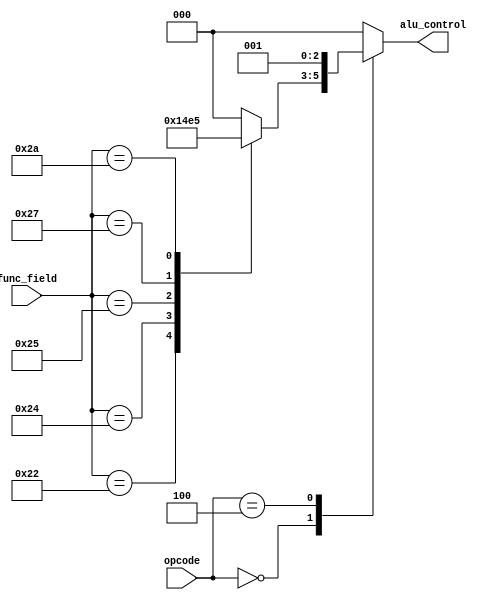
module Alu_Control(
	opcode,
	func_field,
	alu_control
    );
	 
input [5:0] opcode;
input [5:0] func_field;
output reg [2:0] alu_control;
reg [2:0] func_code;

always @ (*)
begin
	case (func_field)
	6'h20: func_code = 3'h0;
	6'h22: func_code = 3'h1;
	6'h24: func_code = 3'h2;
	6'h25: func_code = 3'h3;
	6'h27: func_code = 3'h4;
	6'h2A: func_code = 3'h5;
	default: func_code = 3'h0;
	endcase

	case (opcode)
	6'h00: alu_control = func_code;
	6'h04: alu_control = 3'h1;
	6'h23: alu_control = 3'h0;
	6'h2B: alu_control = 3'h0;
	default: alu_control = 3'h0;
	endcase
end
endmodule




module Alu_Core(
	A,
	B,
	alu_control,
	result,
	zero
    );

input [31:0] A;
input [31:0] B;
input [2:0] alu_control;
output reg [31:0] result;
output wire zero;

assign zero = !(|result);

always @ (*)
begin
	case(alu_control)
	3'h0: result = A + B;
	3'h1: result = A - B;
	3'h2: result = A & B;
	3'h3: result = A | B;
	3'h4: result = ~(A | B);
	3'h5: result = (A < B);
	default: result = A + B;
	endcase
end
endmodule



module Alu_Top(
	opcode,
	func_field,
	A,
	B,
	result,
	zero
    );

input [5:0] opcode;
input [5:0] func_field;
input [31:0] A;
input [31:0] B;
output [31:0] result;
output zero;
wire [2:0] alu_control;

Alu_Control alu_ctrlr_inst (
.opcode (opcode),
.func_field (func_field),
.alu_control (alu_control)
);

Alu_Core alu_core_inst (
.A (A),
.B (B),
.alu_control (alu_control),
.result (result),
.zero (zero)
);

endmodule